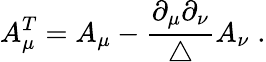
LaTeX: A_{\mu}^{T}=A_{\mu}-\frac{\partial_{\mu}\partial_{\nu}}{\triangle}A_{\nu}\; .